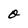
Character: O